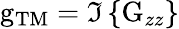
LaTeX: \mathrm{g}_{\mathrm{TM}}=\Im\left\{ \mathrm{G}_{zz}\right\}